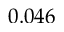
0 . 0 4 6